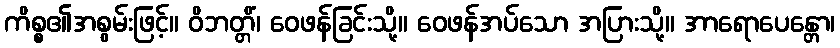
ကိစ္စ၏အစွမ်းဖြင့်။ ဝိဘတ္တိံ၊ ဝေဖန်ခြင်းသို့။ ဝေဖန်အပ်သော အပြားသို့။ အာရောပေန္တော၊